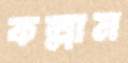
কল্লাম